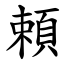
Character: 頼